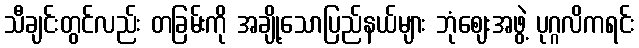
သီချင်းတွင်လည်း တခြမ်းကို အချို့သောပြည်နယ်များ ဘုံဈေးအဖွဲ့ ပုဂ္ဂလိကရင်း